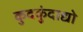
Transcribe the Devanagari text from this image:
कुदकुंदाद्यो